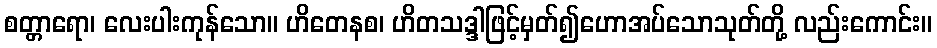
စတ္တာရော၊ လေးပါးကုန်သော။ ဟိတေနစ၊ ဟိတသဒ္ဒါဖြင့်မှတ်၍ဟောအပ်သောသုတ်တို့ လည်းကောင်း။